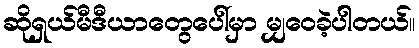
ဆိုရှယ်မီဒီယာတွေပေါ်မှာ မျှဝေခဲ့ပါတယ်။